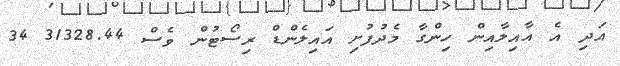
އަދި އެ އާއިލާއިން ހިންގާ މެދުފުށި އައިލެންޑް ރިސޯޓުން ވެސް 31328.44 34